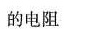
的电阻